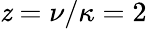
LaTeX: \mathit{z}=\nu/\kappa=2